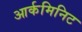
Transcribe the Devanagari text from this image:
आर्कमिनिट